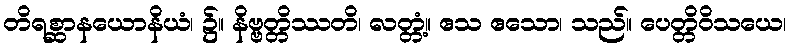
တိရစ္ဆာနယောနိယံ၊ ၌။ နိဗ္ဗတ္တိဿတိ၊ လတ္တံ့။ ဧသ ဧသော၊ သည်။ ပေတ္တိဝိသယေ၊